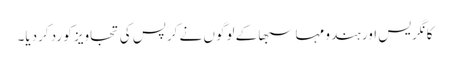
کانگریس اور ہندو مہا سبھا کے لوگوں نے کرپس کی تجاویز کو رد کردیا۔